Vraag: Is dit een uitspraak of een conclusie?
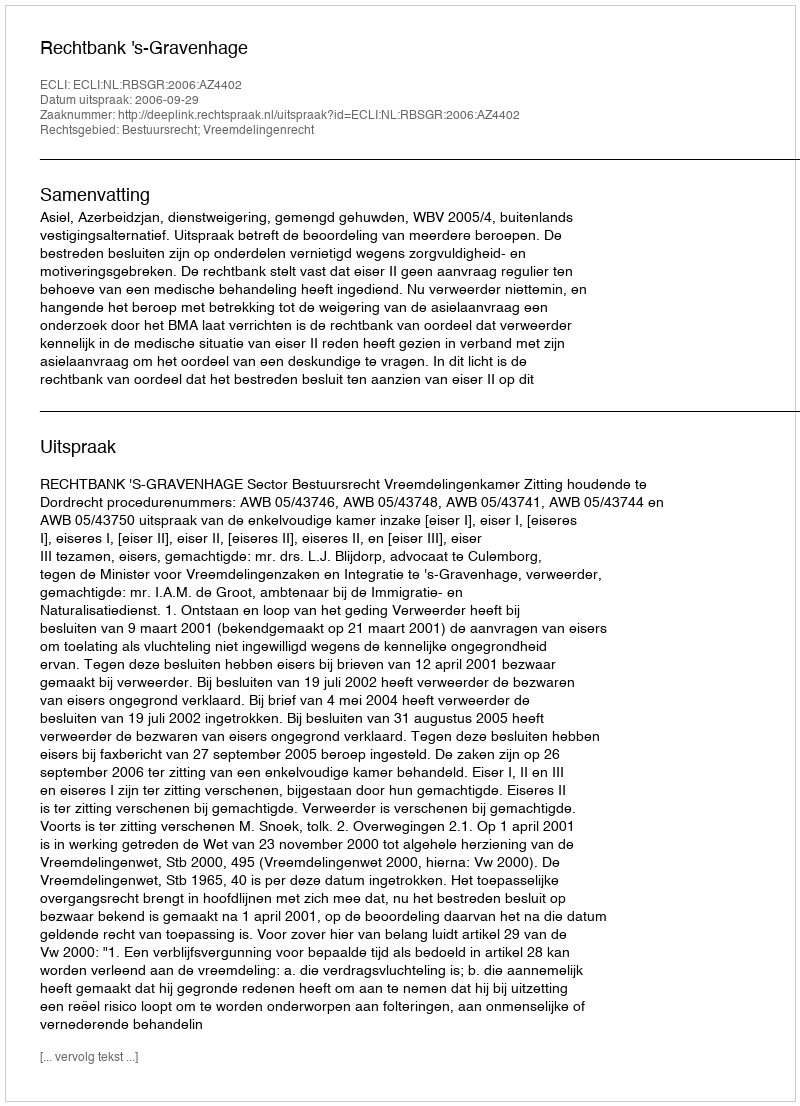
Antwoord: Uitspraak